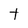
Character: t